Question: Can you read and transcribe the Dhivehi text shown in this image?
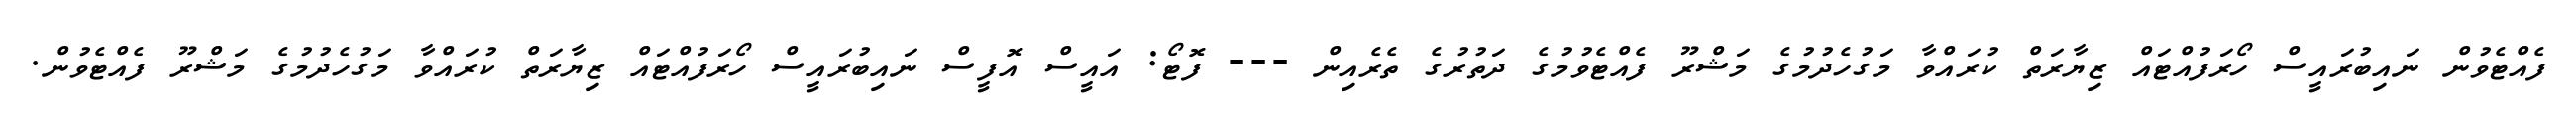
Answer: ފެއްޓެވުން ނައިބުރައީސް ހޯރަފުއްޓައް ޒިޔާރަތް ކުރައްވާ މަގުހެދުމުގެ މަޝްރޫ ފެއްޓެވުމުގެ ދަތުރުގެ ތެރެއިން --- ފޮޓޯ: އައީސް އޮފީސް ނައިބުރައީސް ހޯރަފުއްޓައް ޒިޔާރަތް ކުރައްވާ މަގުހެދުމުގެ މަޝްރޫ ފެއްޓެވުން.